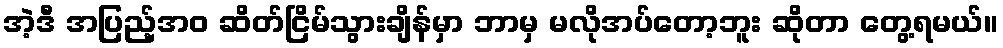
အဲ့ဒီ အပြည့်အဝ ဆိတ်ငြိမ်သွားချိန်မှာ ဘာမှ မလိုအပ်တော့ဘူး ဆိုတာ တွေ့ရမယ်။